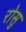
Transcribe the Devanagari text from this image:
रोसु